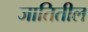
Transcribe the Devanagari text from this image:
जातितील